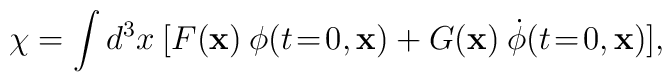
\chi = \int d^3 x \: [F(\mathbf{x}) \: \phi(t\!=\!0,\mathbf{x}) 	+ G(\mathbf{x}) \: \dot{\phi}(t\!=\!0,\mathbf{x})],